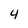
Character: 4